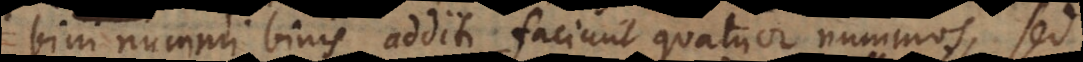
bini nummi binis additi faciunt quatuor nummos, sed